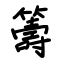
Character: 籌